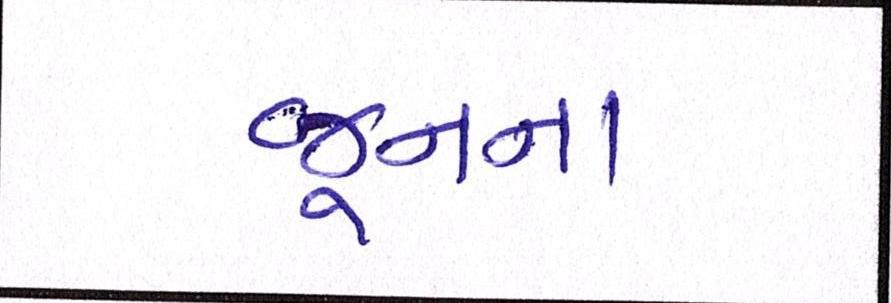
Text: જૂનના